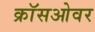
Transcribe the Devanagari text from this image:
क्राॅसओवर